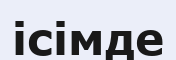
ісімде